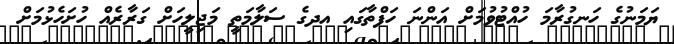
ޔަމަނުގެ ހަނގުރާމަ ހުއްޓުވުމަށް އަންނަ ހަފްތާގައި އދގެ ސަލާމަތީ މަޖިލީހަށް ގަރާރެއް ހުށަހެޅުމަށް